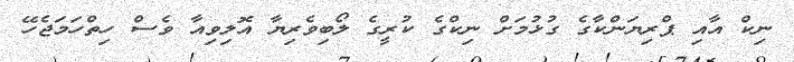
ނިކް އާއި ޕްރިޔަންކާގެ ގުޅުމަށް ނިކްގެ ކުރީގެ ލޯބިވެރިޔާ އޮލިވިއާ ވެސް ހިތްހަމަޖެހޭ